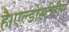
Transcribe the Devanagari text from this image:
है।एल्डोस्टीरोन